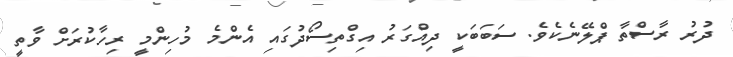
ދުރު ރާސްތާ ޕްލޭނެކެވެ. ސަބަބަކީ ދިއްގަރު އިގްތިސޯދުގައި އެންމެ މުހިންމީ ރިހާކުރަށް ވާތީ